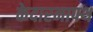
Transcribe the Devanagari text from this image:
केदारनापथ